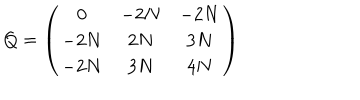
Q = \left( \begin{array} { c c c } { { 0 } } & { { - 2 N } } & { { - 2 N } } \\ { { - 2 N } } & { { 2 N } } & { { 3 N } } \\ { { - 2 N } } & { { 3 N } } & { { 4 N } } \\ \end{array} \right)